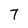
Character: 7